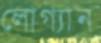
লোগ্যান